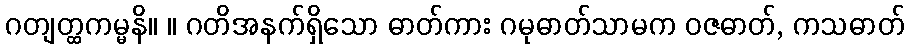
ဂတျတ္ထကမ္မနိ။ ။ ဂတိအနက်ရှိသော ဓာတ်ကား ဂမုဓာတ်သာမက ဝဇဓာတ်, ကသဓာတ်